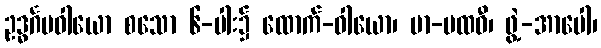
ဥဒ္ဓင်္ဂမဝါယော စသော ၆-ပါး၌ ထောက်-ဝါယော၊ မာ-ပထဝီ၊ ဖွဲ့-အာပေါ၊